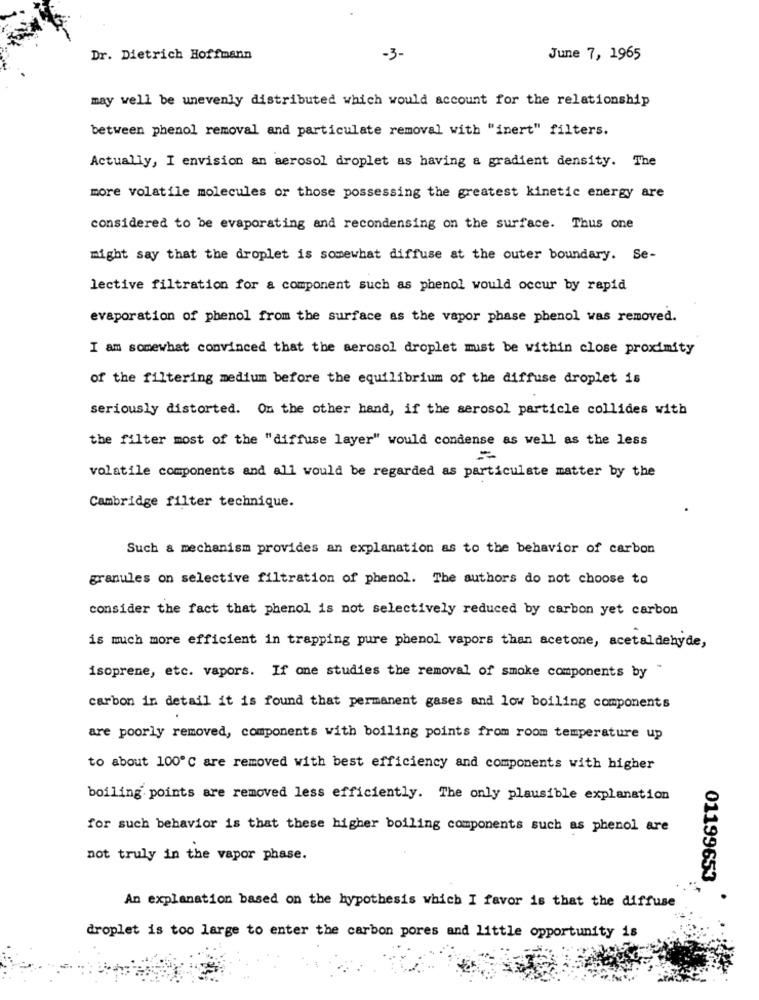
Dr. Dietrich Hoffmann
-3-
June 7, 1965
may well be unevenly distributed which would account for the relationship
between phenol removal and particulate removal with "inert" filters.
Actually, I envision an aerosol droplet as having a gradient density. The
more volatile molecules or those possessing the greatest kinetic energy are
considered to be evaporating and recondensing on the surface. Thus one
might say that the droplet is somewhat diffuse at the outer boundary. Se-
lective filtration for a component such as phenol would occur by rapid
evaporation of phenol from the surface as the vapor phase phenol was removed.
I am somewhat convinced that the aerosol droplet must be within close proximity
of the filtering medium before the equilibrium of the diffuse droplet is
seriously distorted. On the other hand, if the aerosol particle collides with
the filter most of the "diffuse layer" would condense as well as the less
volatile components and all would be regarded as particulate matter by the
Cambridge filter technique.
Such a mechanism provides an explanation as to the behavior of carbon
granules on selective filtration of phenol. The authors do not choose to
consider the fact that phenol is not selectively reduced by carbon yet carbon
is much more efficient in trapping pure phenol vapors than acetone, acetaldehyde,
isoprene, etc. vapors. If one studies the removal of smoke components by
carbon in detail it is found that permanent gases and low boiling components
are poorly removed, components with boiling points from room temperature up
to about 100℃ are removed with best efficiency and components with higher
boiling points are removed less efficiently. The only plausible explanation
for such behavior is that these higher boiling components such as phenol are
not truly in the vapor phase.
01199653
An explanation based on the hypothesis which I favor is that the diffuse
droplet is too large to enter the carbon pores and little opportunity is